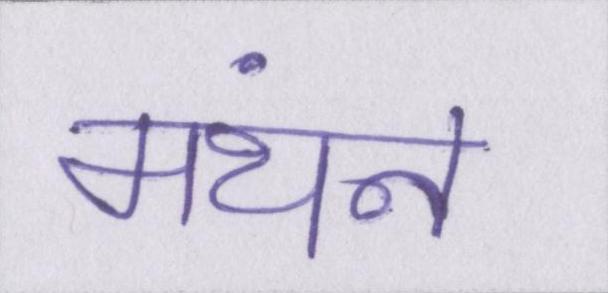
मंथन